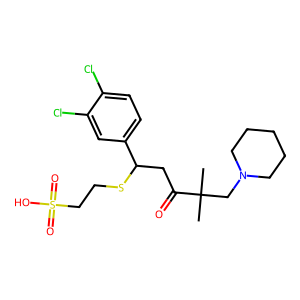
SMILES: CC(C)(CN1CCCCC1)C(=O)CC(SCCS(=O)(=O)O)c1ccc(Cl)c(Cl)c1
Inhibits HIV replication: No